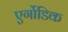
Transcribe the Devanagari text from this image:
एर्गोडिक